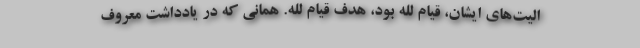
الیت‌های ایشان، قیام لله بود، هدف قیام لله. همانی که در یادداشت معروف